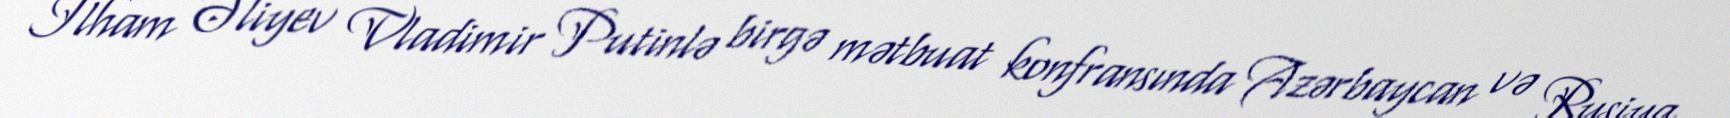
İlham Əliyev Vladimir Putinlə birgə mətbuat konfransında Azərbaycan və Rusiya